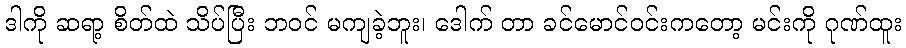
ဒါကို ဆရာ့ စိတ်ထဲ သိပ်ပြီး ဘဝင် မကျခဲ့ဘူး၊ ဒေါက် တာ ခင်မောင်ဝင်းကတော့ မင်းကို ဂုဏ်ထူး